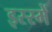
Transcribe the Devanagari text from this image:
इस्स्में